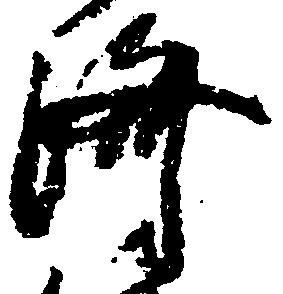
済